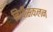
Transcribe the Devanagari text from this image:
निधीसंकलन